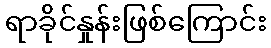
ရာခိုင်နှုန်းဖြစ်ကြောင်း